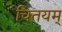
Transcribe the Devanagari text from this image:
चितयम्